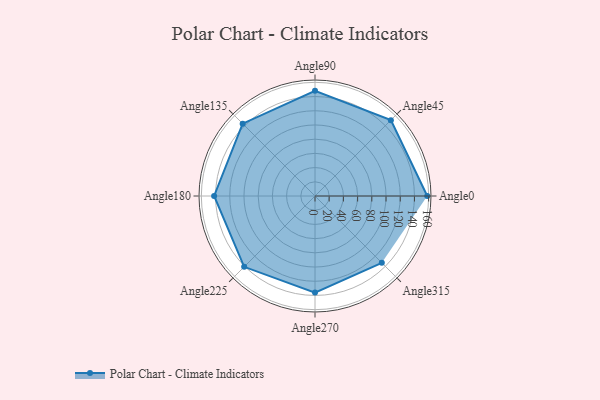
{"axis": {"x": "Angle", "y": "Radius"}, "legend": [""], "data": [{"x": "Angle0", "y": 158.0, "type": ""}, {"x": "Angle45", "y": 151.0, "type": ""}, {"x": "Angle90", "y": 148.0, "type": ""}, {"x": "Angle135", "y": 144.0, "type": ""}, {"x": "Angle180", "y": 142.0, "type": ""}, {"x": "Angle225", "y": 141.0, "type": ""}, {"x": "Angle270", "y": 136.0, "type": ""}, {"x": "Angle315", "y": 133.0, "type": ""}]}